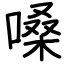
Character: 嗓